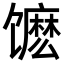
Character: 𬳔